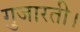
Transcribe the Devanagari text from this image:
गुजारती।